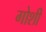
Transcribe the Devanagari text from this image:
गोशी